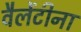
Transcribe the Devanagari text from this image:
वैलेंटीना